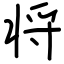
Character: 将